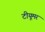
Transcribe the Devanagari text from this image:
टीयूमर